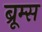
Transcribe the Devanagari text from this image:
ब्रूम्स